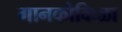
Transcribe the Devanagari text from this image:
गानकोकिळा